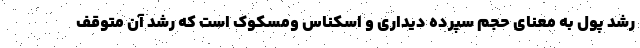
رشد پول به معنای حجم سپرده دیداری و اسکناس ومسکوک است که رشد آن متوقف